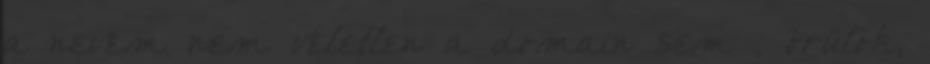
a nevem nem véletlen a domain sem , örülök,